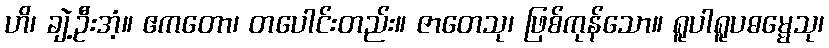
ဟိ၊ ချဲ့ဦးအံ့။ ဧကတော၊ တပေါင်းတည်း။ ဇာတေသု၊ ဖြစ်ကုန်သော။ ရူပါရူပဓမ္မေသု၊